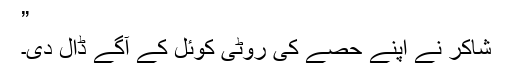
”
شاکر نے اپنے حصے کی روٹی کوئل کے آگے ڈال دی۔